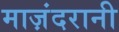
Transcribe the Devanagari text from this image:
माज़ंदरानी